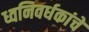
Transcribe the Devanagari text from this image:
ध्वनिवर्धकांचे